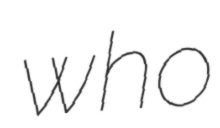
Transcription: who